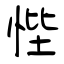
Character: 悂